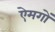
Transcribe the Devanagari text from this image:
ऐमगों